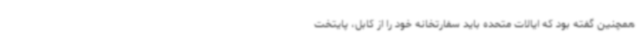
همچنین گفته بود که ایالات متحده باید سفارتخانه خود را از کابل، پایتخت